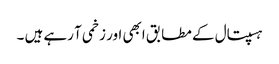
ہسپتال کے مطابق ابھی اور زخمی آ رہے ہیں ۔